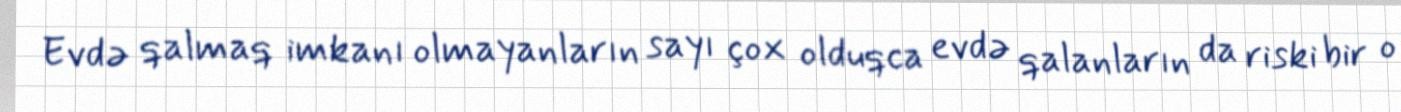
Evdə qalmaq imkanı olmayanların sayı çox olduqca evdə qalanların da riski bir o